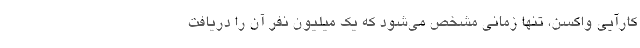
کارآیی واکسن، تنها زمانی مشخص می‌شود که یک میلیون نفر آن را دریافت